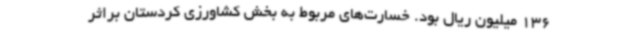
136 میلیون ریال بود. خسارت‌های مربوط به بخش کشاورزی کردستان براثر